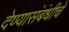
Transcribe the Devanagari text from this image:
देण्यासंबंधीचे